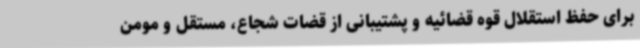
برای حفظ استقلال قوه قضائیه و پشتیبانی از قضات شجاع، مستقل و مومن